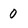
Character: 0